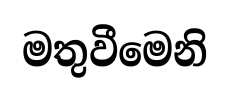
මතුවීමෙනි